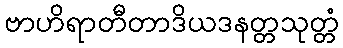
ဗာဟိရာတီတာဒိယဒနတ္တသုတ္တံ